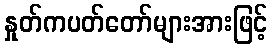
နှုတ်ကပတ်တော်များအားဖြင့်